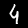
Label: 4